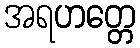
အရဟတ္တေ